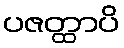
ပဇတ္ထာပိ